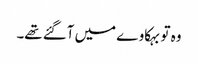
وہ تو بہکاوے میں آگئے تھے۔